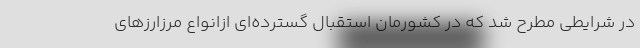
در شرایطی مطرح شد که در کشورمان استقبال گسترده‌ای ازانواع مرزارزهای